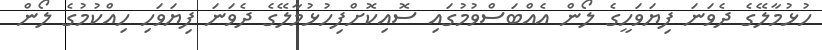
ހުޅުމާލޭގެ ދެވަނަ ފިޔަވަހީގެ ލޯން އެއްބަސްވުމުގައި ސޮއިކޮށްފިހުޅުމާލޭގެ ދެވަނަ ފިޔަވަހި ހިއްކުމުގެ ލޯން